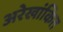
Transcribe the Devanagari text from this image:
अरेखांकित